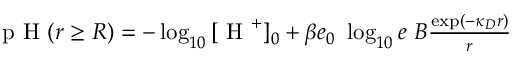
\begin{array} { r } { \textrm { p H } ( r \geq R ) = - \log _ { 1 0 } { [ \textrm { H } ^ { + } ] _ { 0 } } + \beta e _ { 0 } ~ \log _ { 1 0 } { e } ~ B \frac { \exp ( - \kappa _ { D } r ) } { r } } \end{array}